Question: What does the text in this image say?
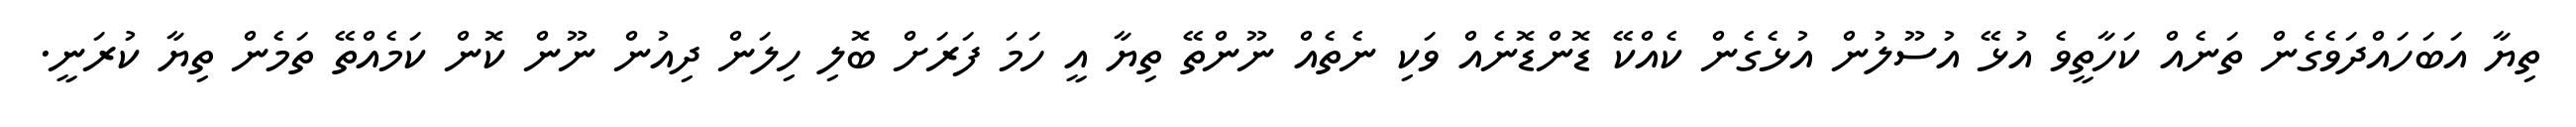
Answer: ތިޔާ އަބަހައްދަވެގެން ތަނެއް ކަހާތީވެ އުޅޭ އުސޫލުން އުޅެގެން ކެއްކޭ ޑޮންޑޮނެއް ވަކި ނެތެއް ނޫންތޭ ތިޔާ އީ ހަމަ ފަރަށް ބޮލި ހިލަން ދިއުން ނޫން ކޮން ކަމެއްތޭ ތަމެން ތިޔާ ކުރަނީ.